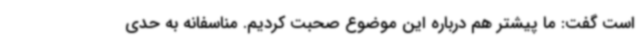
است گفت: ما پیشتر هم درباره این موضوع صحبت کردیم. مناسفانه به حدی